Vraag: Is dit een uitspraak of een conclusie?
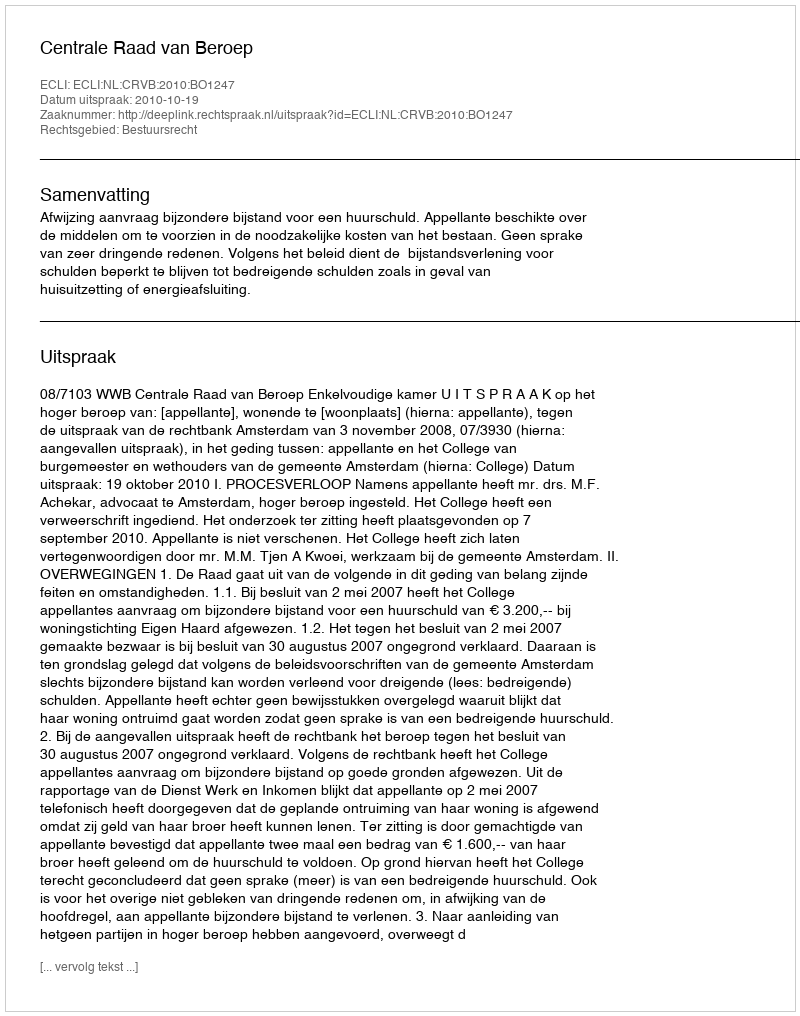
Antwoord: Uitspraak